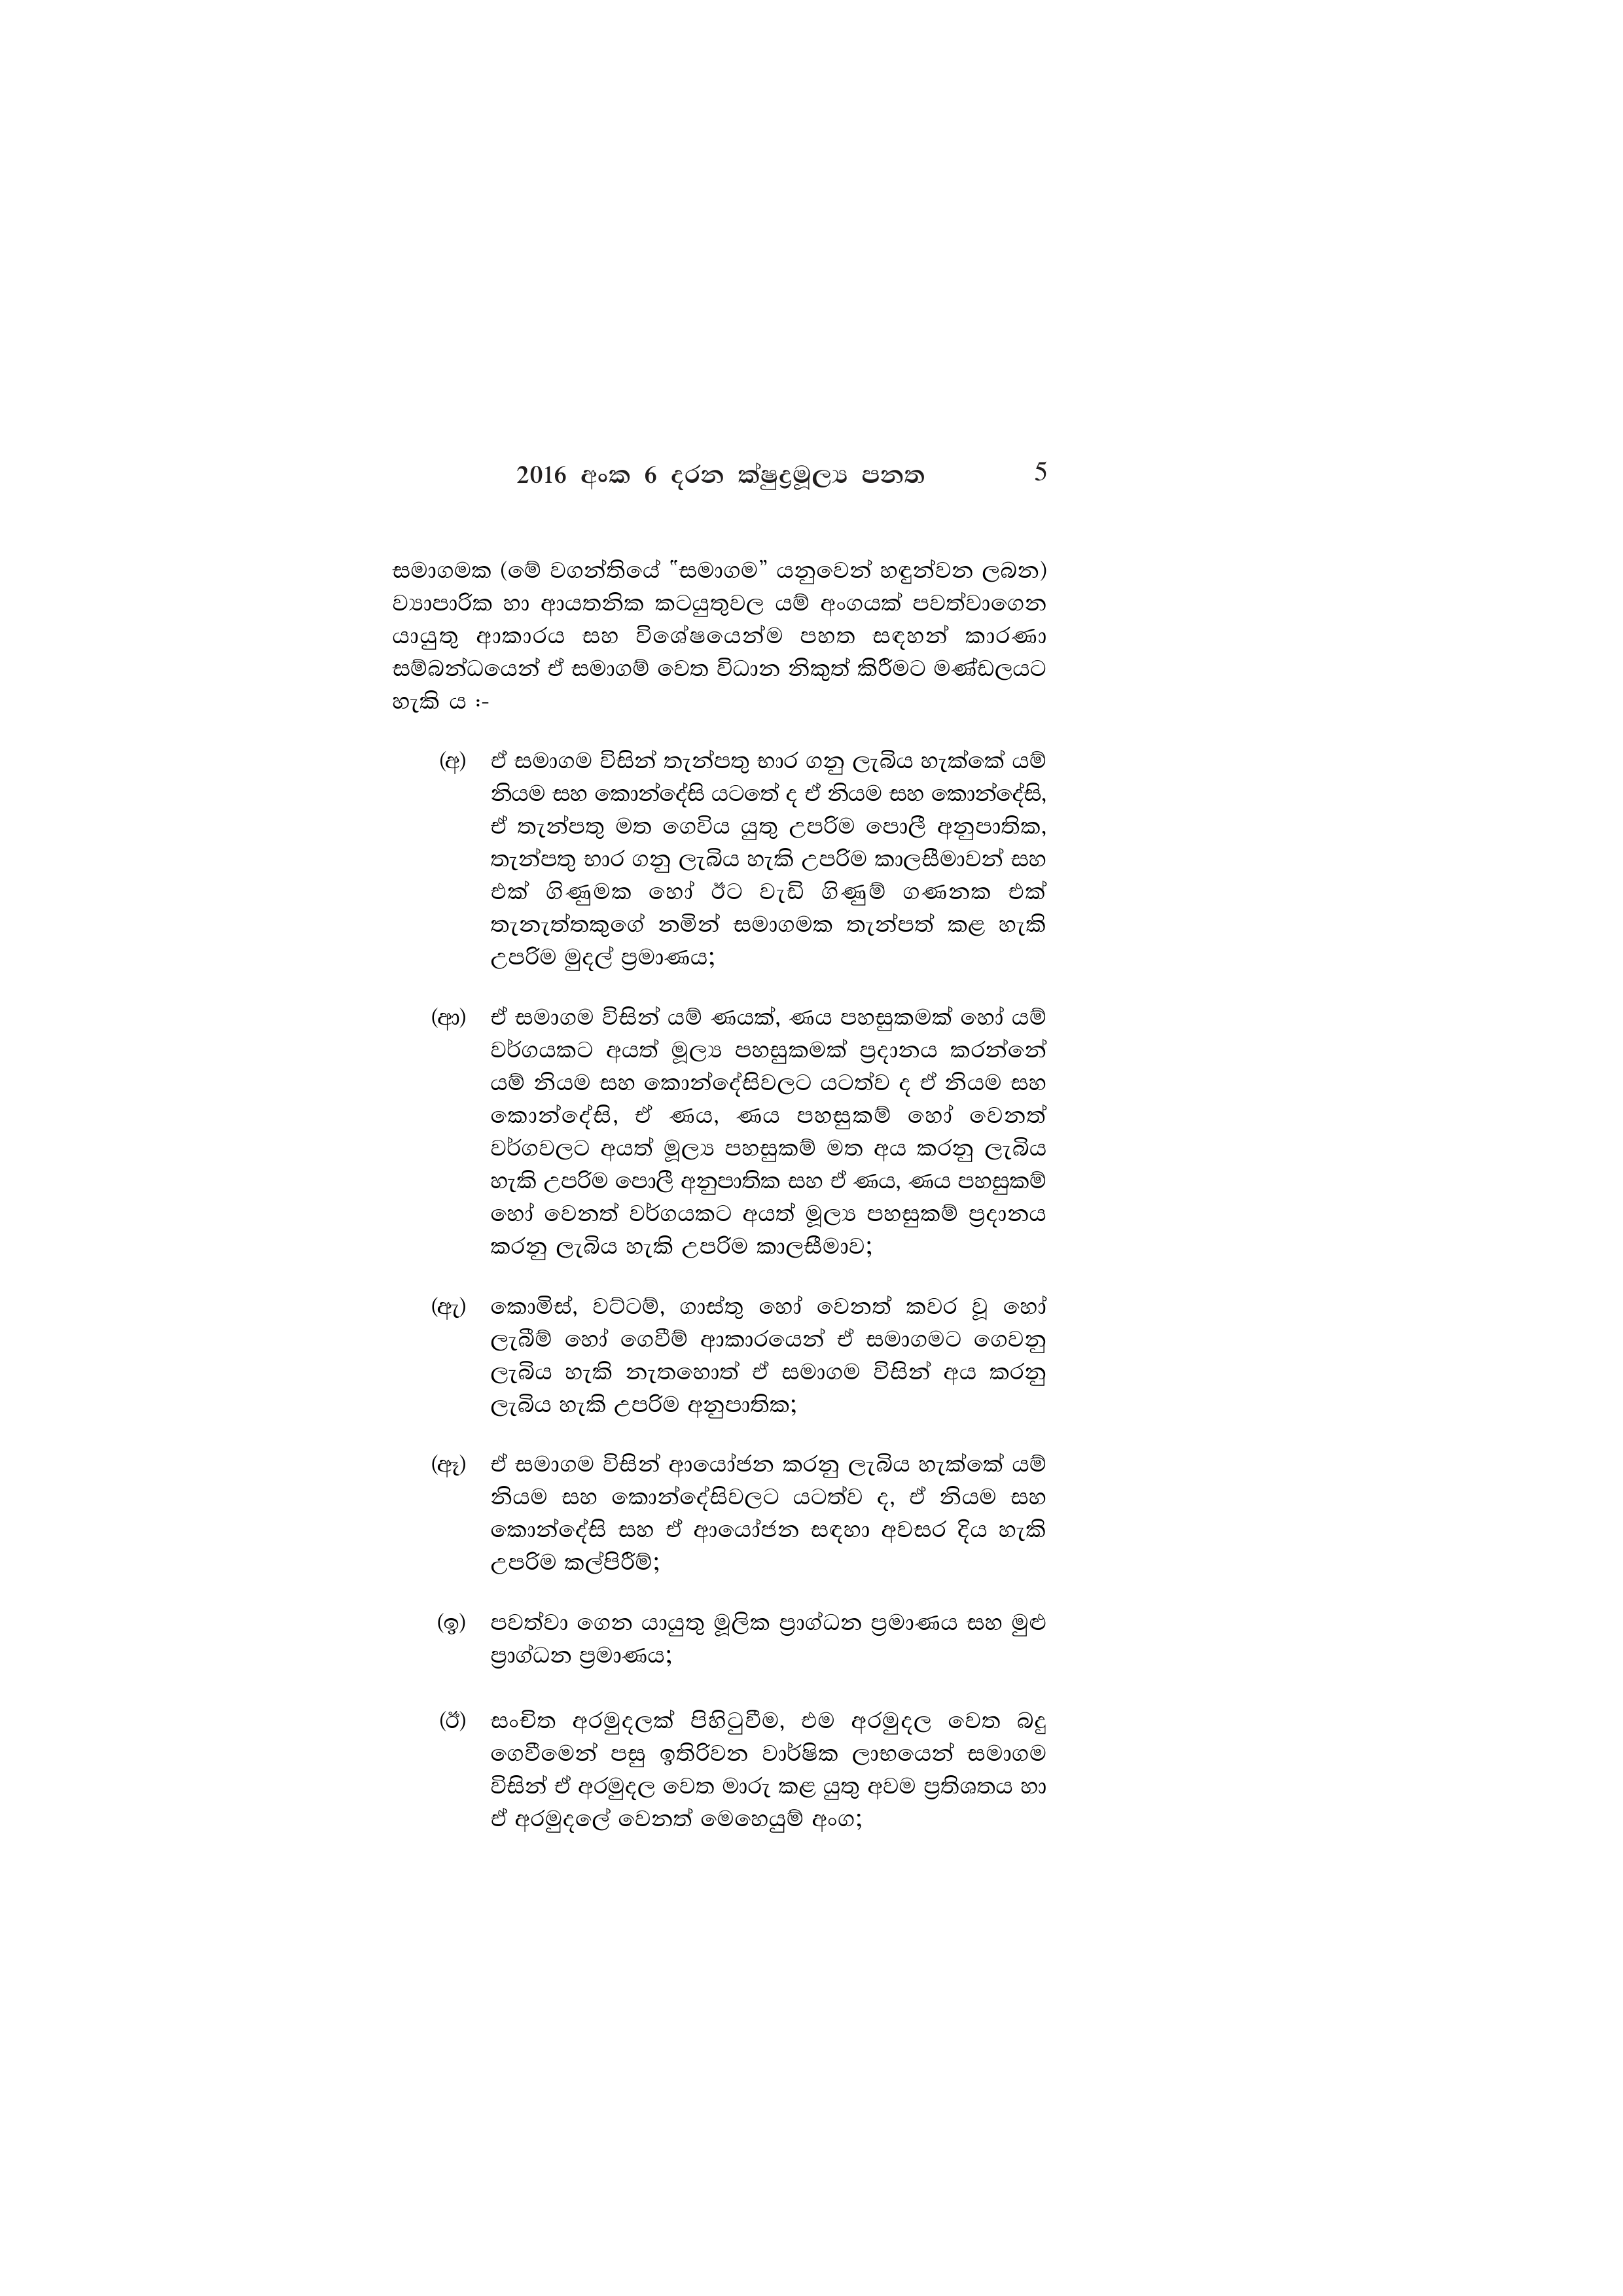
2016 අංක 6 දරන ක්ෂුද්‍රමූල්‍ය පනත 5

සමාගමක (මේ වගන්තියේ "සමාගම” යනුවෙන් හඳුන්වන ලබන)
ව්‍යාපාරික හා ආයතනික කටයුතුවල යම් අංගයක් පවත්වාගෙන
යායුතු ආකාරය සහ විශේෂයෙන්ම පහත සඳහන් කාරණා
සම්බන්ධයෙන් ඒ සමාගම් වෙත විධාන නිකුත් කිරීමට මණ්ඩලයට
හැකි ය :-

(අ) ඒ සමාගම විසින් තැන්පතු භාර ගනු ලැබිය හැක්කේ යම්
නියම සහ කොන්දේසි යටතේ ද ඒ නියම සහ කොන්දේසි,
ඒ තැන්පතු මත ගෙවිය යුතු උපරිම පොලී අනුපාතික,
තැන්පතු භාර ගනු ලැබිය හැකි උපරිම කාලසීමාවන් සහ
එක් ගිණුමක හෝ ඊට වැඩි ගිණුම් ගණනක එක්
තැනැත්තකුගේ නමින් සමාගමක තැන්පත් කළ හැකි
උපරිම මුදල් ප්‍රමාණය;

(ආ) ඒ සමාගම විසින් යම් ණයක්, ණය පහසුකමක් හෝ යම්
වර්ගයකට අයත් මූල්‍ය පහසුකමක් ප්‍රදානය කරන්නේ
යම් නියම සහ කොන්දේසිවලට යටත්ව ද ඒ නියම සහ
කොන්දේසි, ඒ ණය, ණය පහසුකම් හෝ වෙනත්
වර්ගවලට අයත් මූල්‍ය පහසුකම් මත අය කරනු ලැබිය
හැකි උපරිම පොලී අනුපාතික සහ ඒ ණය, ණය පහසුකම්
හෝ වෙනත් වර්ගයකට අයත් මූල්‍ය පහසුකම් ප්‍රදානය
කරනු ලැබිය හැකි උපරිම කාලසීමාව;

(ඇ) කොමිස්, වට්ටම්, ගාස්තු හෝ වෙනත් කවර වූ හෝ
ලැබීම් හෝ ගෙවීම් ආකාරයෙන් ඒ සමාගමට ගෙවනු
ලැබිය හැකි නැතහොත් ඒ සමාගම විසින් අය කරනු
ලැබිය හැකි උපරිම අනුපාතික;

(ඈ) ඒ සමාගම විසින් ආයෝජන කරනු ලැබිය හැක්කේ යම්
නියම සහ කොන්දේසිවලට යටත්ව ද, ඒ නියම සහ
කොන්දේසි සහ ඒ ආයෝජන සඳහා අවසර දිය හැකි
උපරිම කල්පිරීම්;

(ඉ) පවත්වා ගෙන යායුතු මූලික ප්‍රාග්ධන ප්‍රමාණය සහ මුළු
ප්‍රාග්ධන ප්‍රමාණය;

(ඊ) සංචිත අරමුදලක් පිහිටුවීම, එම අරමුදල වෙත බදු
ගෙවීමෙන් පසු ඉතිරිවන වාර්ෂික ලාභයෙන් සමාගම
විසින් ඒ අරමුදල වෙත මාරු කළ යුතු අවම ප්‍රතිශතය හා
ඒ අරමුදලේ වෙනත් මෙහෙයුම් අංග;